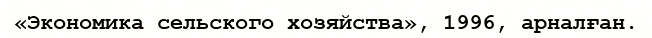
«Экономика сельского хозяйства», 1996, арналған.